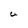
Character: U